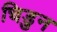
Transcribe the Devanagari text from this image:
चिडुन